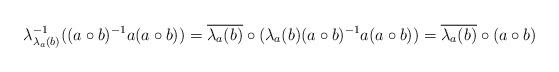
LaTeX: \begin{align*}\lambda^{-1}_{\lambda_a(b)}( (a\circ b)^{-1}a(a\circ b)) &=\overline{\lambda_a(b)}\circ (\lambda_a(b)(a\circ b)^{-1}a(a\circ b))=\overline{\lambda_a(b)}\circ( a \circ b)\end{align*}